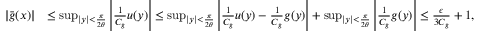
\begin{array} { r l } { | \bar { g } ( x ) | } & { \leq \operatorname* { s u p } _ { | y | < \frac { \pi } { 2 \theta } } \left| \frac { 1 } { C _ { g } } u ( y ) \right| \leq \operatorname* { s u p } _ { | y | < \frac { \pi } { 2 \theta } } \left| \frac { 1 } { C _ { g } } u ( y ) - \frac { 1 } { C _ { g } } g ( y ) \right| + \operatorname* { s u p } _ { | y | < \frac { \pi } { 2 \theta } } \left| \frac { 1 } { C _ { g } } g ( y ) \right| \le \frac { \epsilon } { 3 C _ { g } } + 1 , } \end{array}